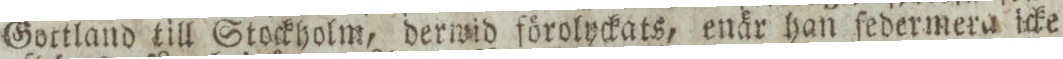
Gottland till Stockholm, derwid förolyckats, enär han ſedermera icke